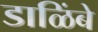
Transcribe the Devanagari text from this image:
डाळिंबे